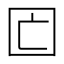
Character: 𡆲